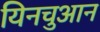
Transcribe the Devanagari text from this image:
यिनचुआन